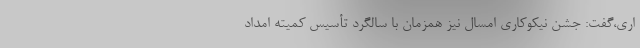
اری،گفت: جشن نیکوکاری امسال نیز همزمان با سالگرد تأسیس کمیته امداد